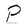
Character: P